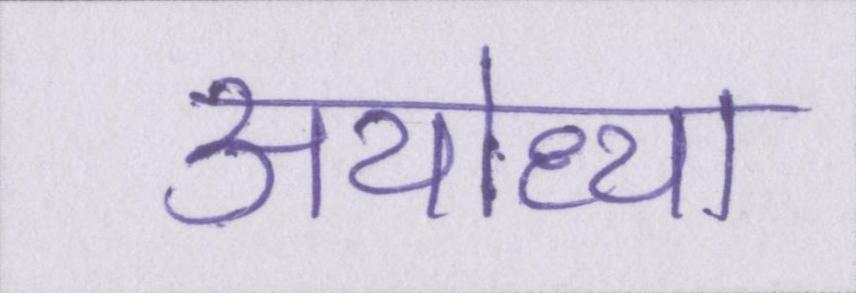
अयोध्या